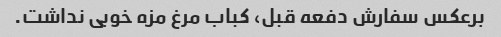
برعکس سفارش دفعه قبل، کباب مرغ مزه خوبی نداشت.